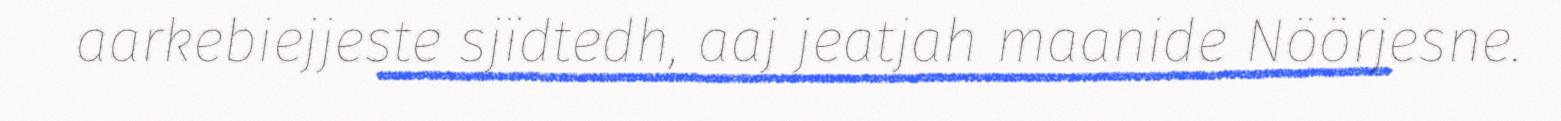
aarkebiejjeste sjïdtedh, aaj jeatjah maanide Nöörjesne.